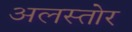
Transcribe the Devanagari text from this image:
अलस्तोर